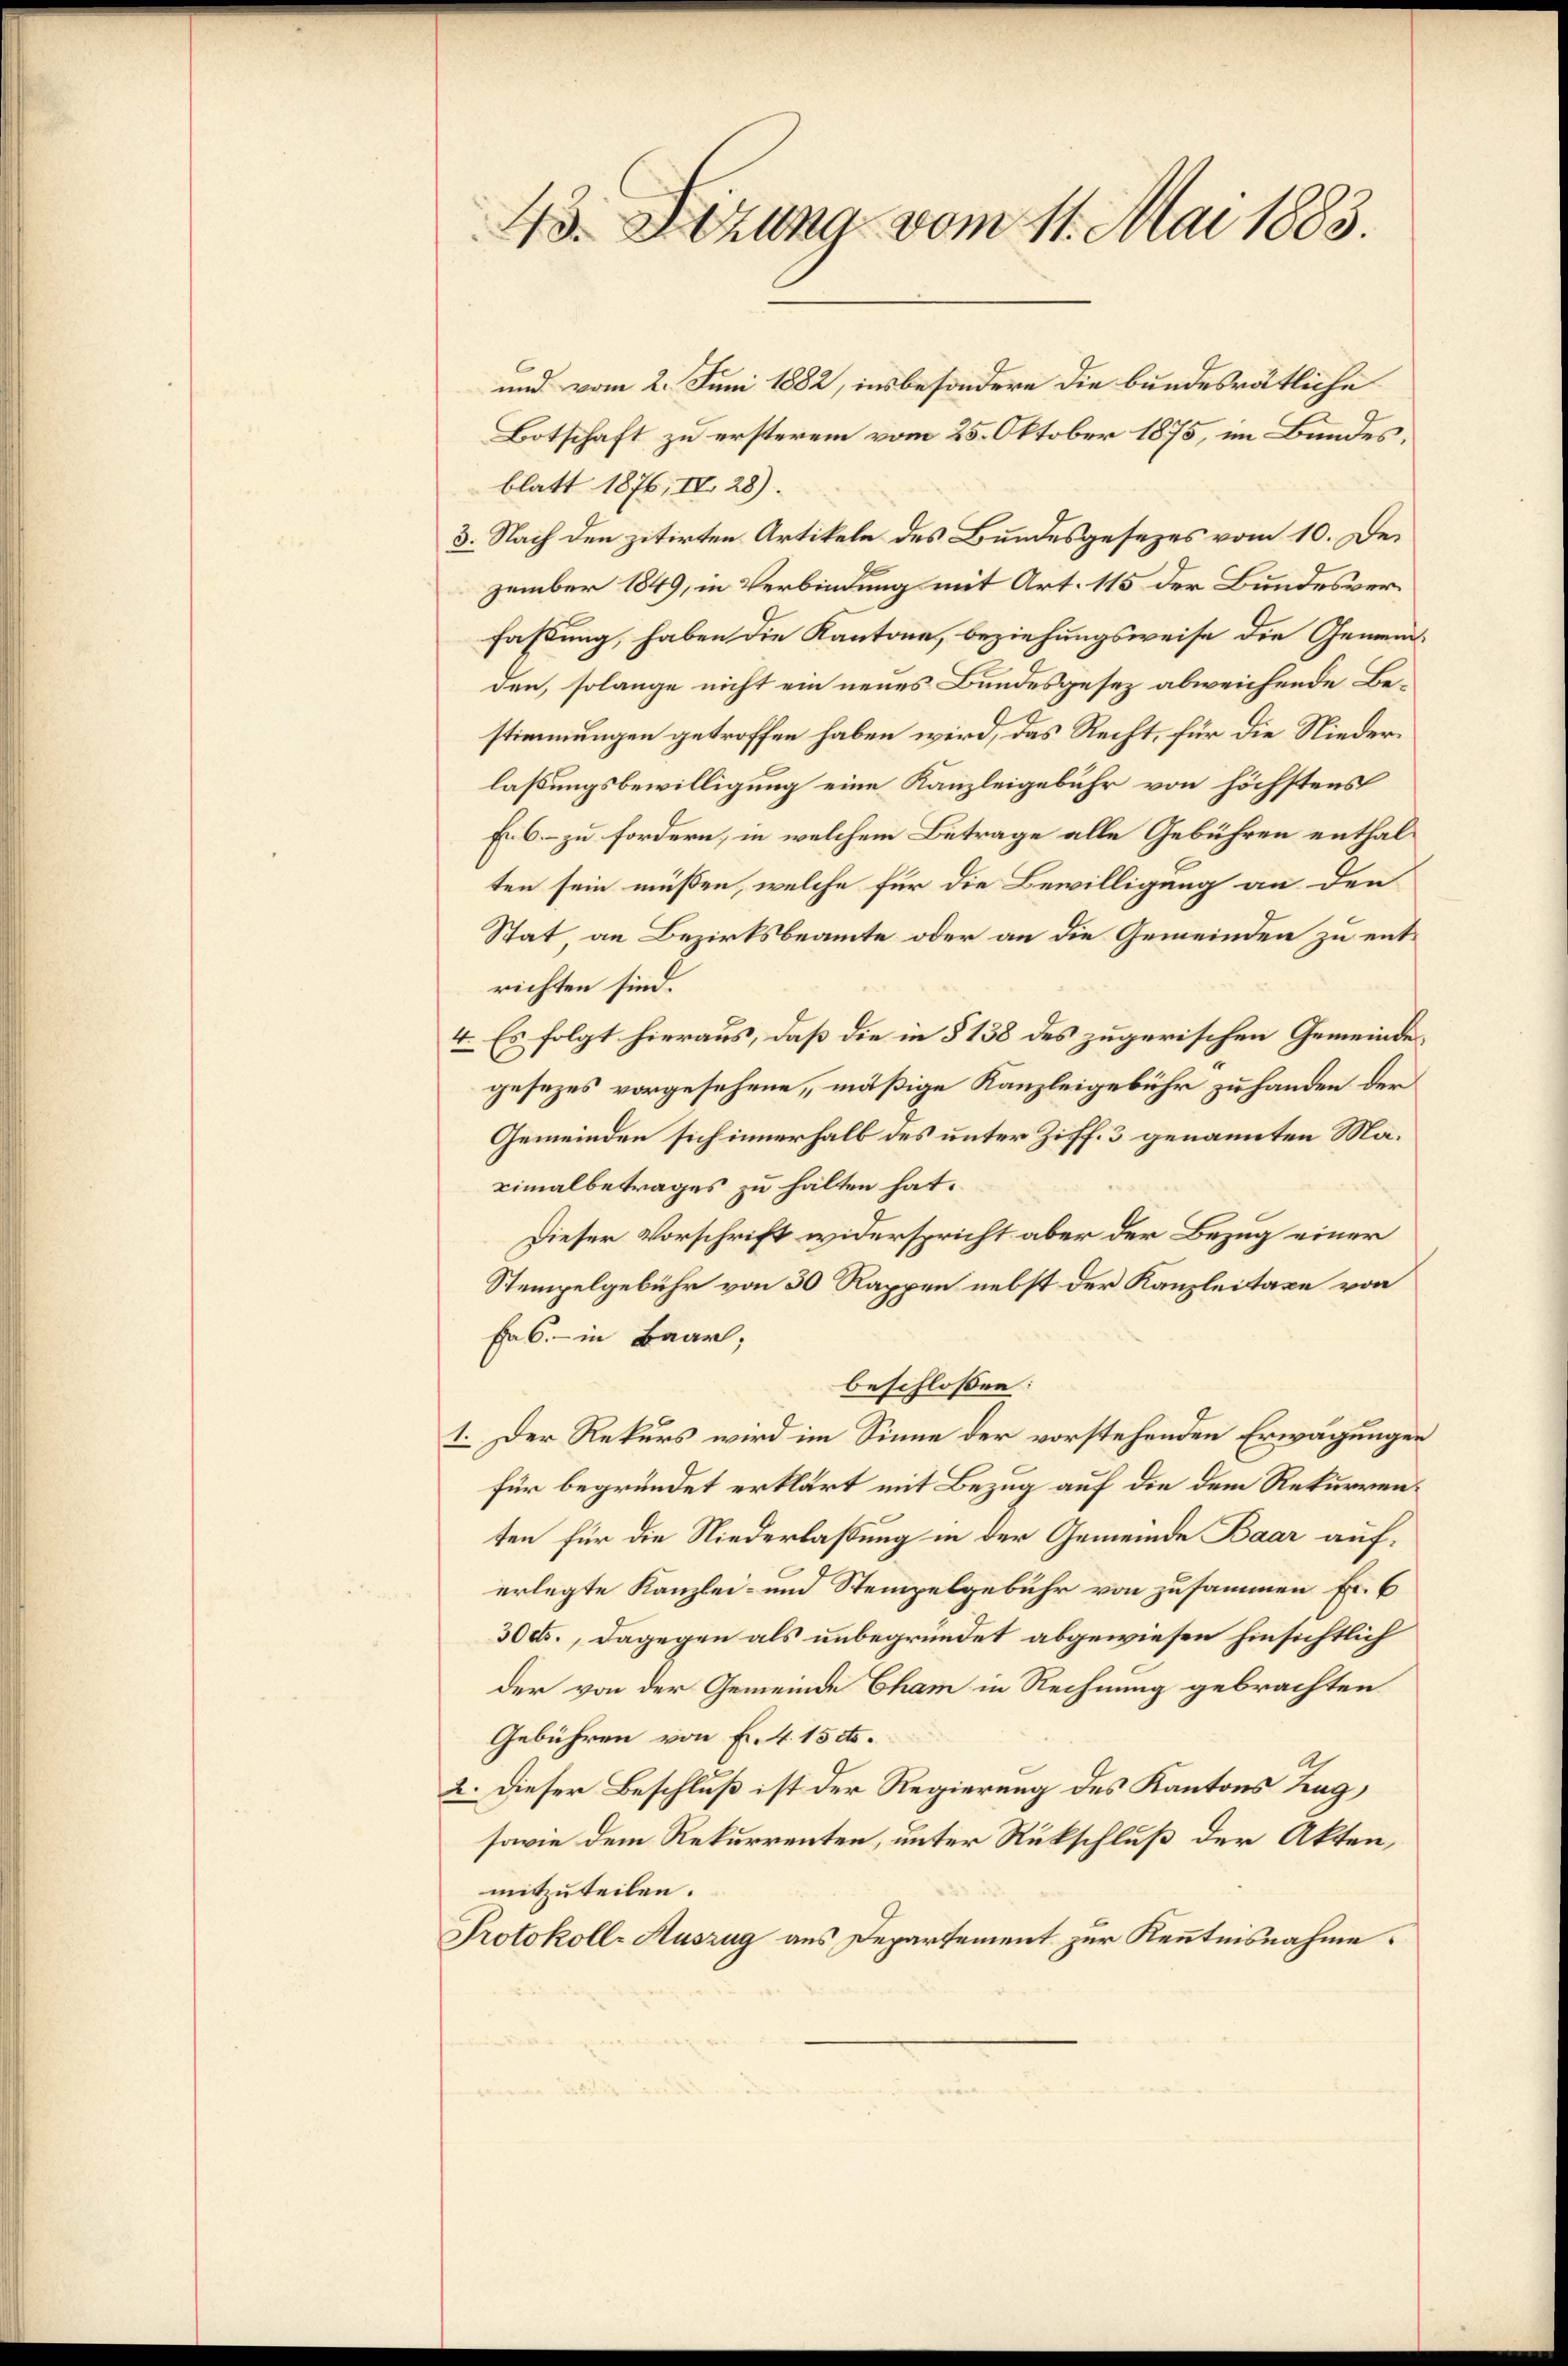
43. Lezung vom 11. Mai 1883.

und vom 2. Juni 1882, insbesondere die bundesrätliche
Botschaft zu ersterem vom 25. Oktober 1875, im Bundes,
blatt 1876, IV 28).
3. Nach den zitirten Artikeln des Bundesgesezes vom 10. Dezember 1849, in Verbindung mit Art. 115 der Bundesverfassung, haben die Kantone, beziehungsweise die Gemeinden, solange nicht ein neues Bundesgesez abweichende Bestimmungen getroffen haben wird, das Recht, für die Niederlaßungsbewilligung eine Kanzleigebühr von höchstens
Er 6 – zu fordern, in welchem Betrage alle Gebühren enthalten sein müssen, welche für die Bewilligung an den
Stat an Bezirksbeamte oder an die Gemeinden zu entrichten sind.
4. Es folgt hieraus, daß die in § 138 des zugerischen Gemeindesgesezes vorgesehene, mäßige Kanzleigebühr zu handen der
Gemeinden sich innerhalb des unter Ziff. 3 genannten Maeimalbetrages zu halten hat.
Dieser Vorschrift widerspricht aber der Bezug einer
Stempelgebühr von 30 Rappen nebst der Kanzleitaxe von
Frs. - in Baar,
beschlossen:
1. Der Rekurs wird im Sinne der vorstehenden Erwägungen
für begründet erklärt mit Bezug auf die dem Rekurrenten für die Niederlaßung in der Gemeinde Baar auferlegte Kanzlei- und Stempelgebühr von zusammen Fr. 6
30 cts., dagegen als unbegründet abgewiesen hinsichtlich
der von der Gemeinde Cham in Rechnung gebrachten
Gebühren von Fr. 4. 15 cts.
2. Dieser Beschluß ist der Regierung des Kantons Zug,
sowie dem Rekurrenten, unter Rückschluß der Akten,
mitzuteilen.
Protokoll-Auszug aus Departement zur Kenntnisnahme.